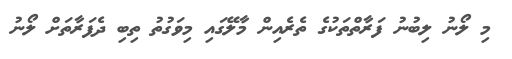
މި ލޯނު ލިބުނު ފަރާތްތަކުގެ ތެރެއިން މާލޭގައި މިވަގުތު ތިބި ދެފަރާތަށް ލޯނު